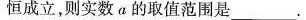
恒成立，则实数α的取值范围是______。